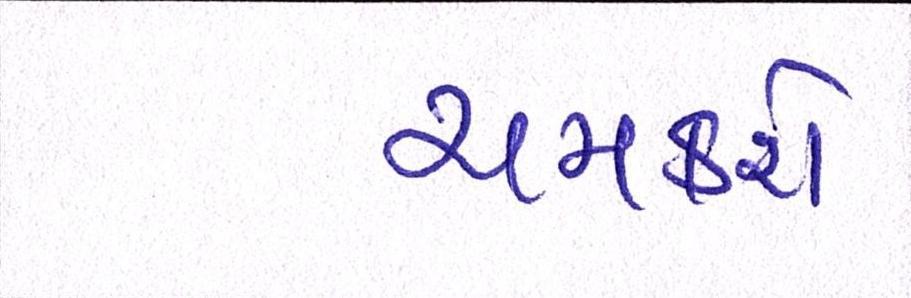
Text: ચમકશે